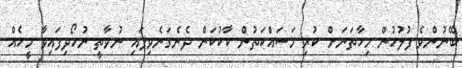
ބޭނުންވެ ފުލުހުން މިހާތަނަށް ކުރި މަސައްކަތުން ކާކުކަން ދެނެގަނެވިފައި ނުވާތީ ނުހޯދިފައިވާ މީހެއް